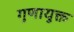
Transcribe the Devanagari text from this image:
गुणायुक्त